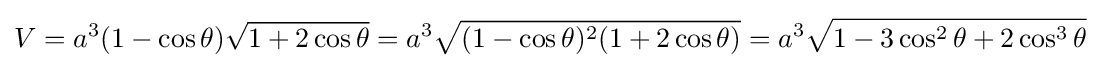
V=a^{3}(1-\cos \theta ){\sqrt {1+2\cos \theta }}=a^{3}{\sqrt {(1-\cos \theta )^{2}(1+2\cos \theta )}}=a^{3}{\sqrt {1-3\cos ^{2}\theta +2\cos ^{3}\theta }}~